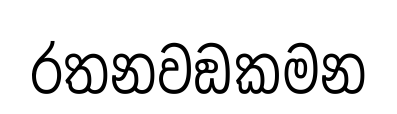
රතනවඞකමන